Report on the cholera epidemic of
Year: 1868
Disease focus: Cholera
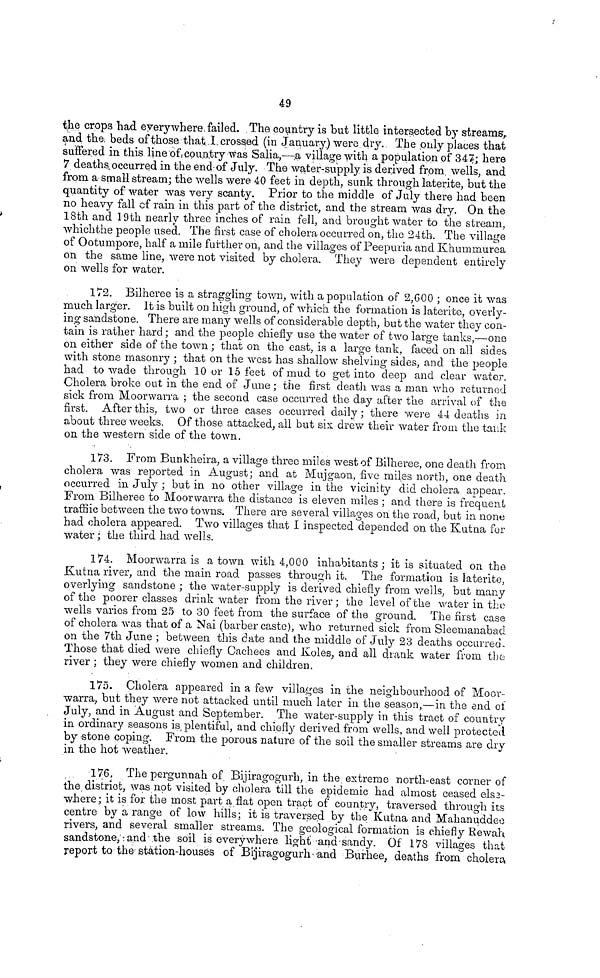
49
the crops had everywhere failed. The country is but little intersected by streams,
and the beds of those that I crossed (in January.) were dry. The only places that
suffered in this line of country was Salia,—a village with a population of 347; here
7 deaths, occurred in the end of July. The water-supply is derived from wells, and
from a small stream; the wells were 40 feet in depth, sunk through latente, but the
quantity of water was very scanty. Prior to the middle of July there had been
no heavy fall of rain in this part of the district, and the stream \vas dry. On the
18th and 19th nearly three inches of rain fell, and brought water to the stream,
which the people used. The first case of cholera occurred on, the 24th. The village
of Ootumpore, half a mile further on, and the villages of Peepuria and Khummurea
on the same line, were not visited by cholera. They were dependent entirely
on wells for water.
172. Bilheree is a straggling town, with a population of 2,600 ; once it was
much larger. It is built on high ground, of which the formation is latérite, overly-
ing sandstone. There are many wells of considerable depth, but the water they con-
tain is rather hard ; and the people chiefly use the water of two large tanks,—one
on either side of the town ; that on the east, is a large tank, faced on all sides
with stone masonry ; that on the west has shallow shelving sides, and the people
had to wade through 10 or 15 feet of mud to get into deep and clear water.
Cholera broke out in the end of June ; the first death was a man who returned
sick from Moorwarra ; the second case occurred the day after the arrival (if the
first. After this, two or three cases occurred daily ; there were 44 deaths in
about three weeks. Of those attacked, all but six drew their water from the tank
on the western side of the town.
173. From Bunkheira, a village three miles west of Bilheree, one death from
cholera was reported in August; and at Mujgaon, five miles north, one death
occurred in July ; but in no other village in the vicinity did cholera appear.
From Bilheree to Moorwarra the distance is eleven miles ; and there is frequent
traffic between the two towns. There are several villages on the road, but in none
had cholera appeared. Two villages that I inspected depended on the Kutna for
water ; the third had wells.
174. Moorwarra is a town with 4,000 inhabitants; it is situated on the
Kutna river, and the main road passes through it. The formation is latérite,
overlying sandstone ; the water-supply is derived chiefly from wells, but many
of the poorer classes drink water from the river ; the level of the water in the
wells varies from 25 to 30 feet from the surface of the ground. The first case
of cholera was that of a Nai (barber caste), who returned sick from Sleemanabad
on the 7th June ; between this date and the middle of July 23 deaths occurred.
Those that died were chiefly Cachees and Koles, and all drank water from the
river ; they were chiefly women and children.
175. Cholera appeared in a few villages in the neighbourhood of Moor-
warra, but they were not attacked until much later in the season,—in the end of
July, and in August and September. The water-supply in this tract of country
in ordinary seasons is, plentiful, and chiefly derived from wells, and well protected
by stone coping. From the porous nature of the soil the smaller streams are dry
in the hot weather.
176. The pergunnah of Bijiragogurh, in the extreme north-east corner of
the, district, was not visited by cholera till the epidemic had almost ceased els3-
where; it is for the most part a flat open tract of country, traversed through its
centre by a range of low hills; it is traversed by the Kutna and Mahanuddee
rivers, and several smaller streams. The geological formation is chiefly Rewah
sandstone, and the soil is everywhere light and sandy. Of 178 villages that
report to the station-houses of Bijiragogurh -and Burhee, deaths from cholera